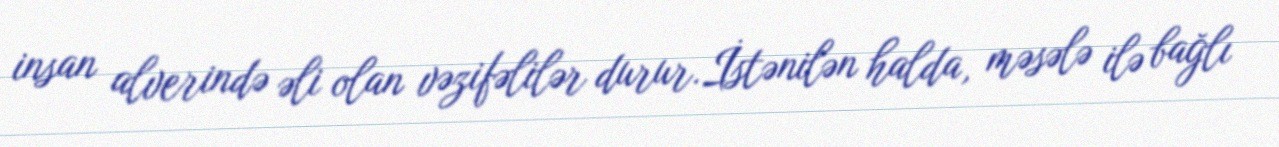
insan alverində əli olan vəzifəlilər durur.İstənilən halda, məsələ ilə bağlı